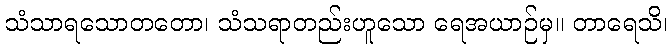
သံသာရသောတတော၊ သံသရာတည်းဟူသော ရေအယာဉ်မှ။ တာရေသိ၊